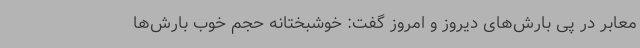
معابر در پی بارش‌های دیروز و امروز گفت: خوشبختانه حجم خوب بارش‌ها